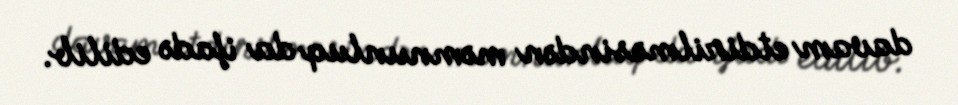
davam etdirilməsindən məmnunluq da ifadə edilib.